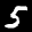
Digit: 5